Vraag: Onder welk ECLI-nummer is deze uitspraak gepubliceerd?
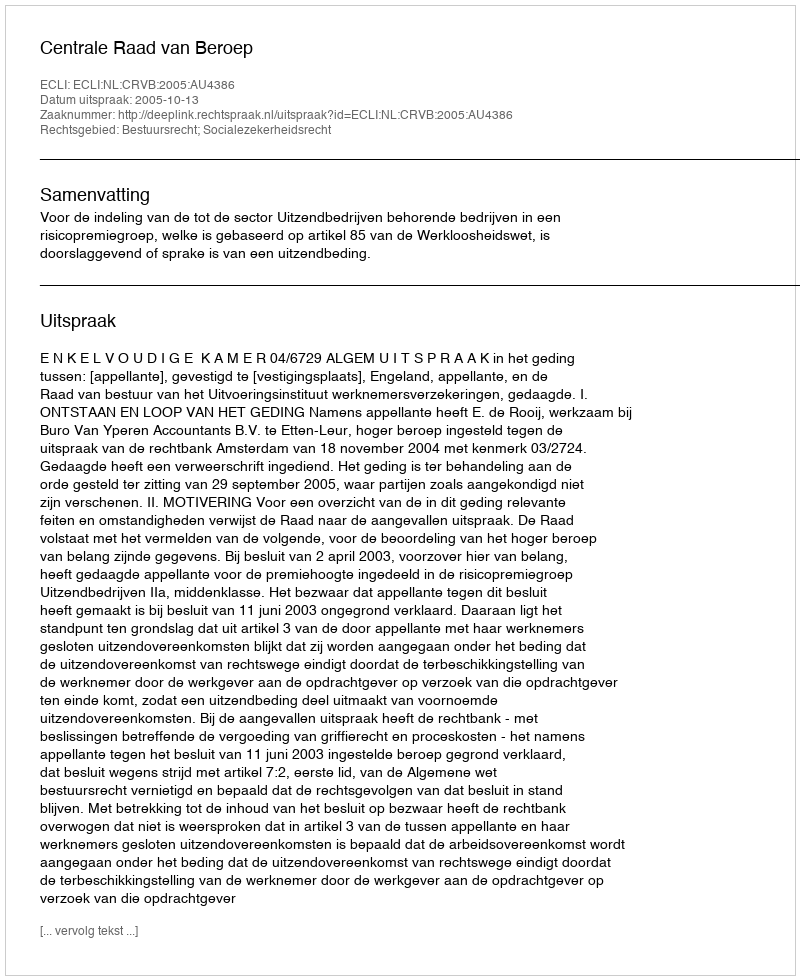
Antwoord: ECLI:NL:CRVB:2005:AU4386